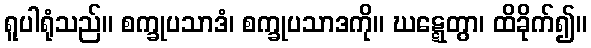
ရူပါရုံသည်။ စက္ခုပသာဒံ၊ စက္ခုပသာဒကို။ ဃဋ္ဋေတွာ၊ ထိခိုက်၍။